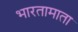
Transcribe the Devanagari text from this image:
भारतामाता